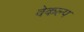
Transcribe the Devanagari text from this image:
वेकल्प